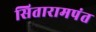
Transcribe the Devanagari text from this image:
सितारामपंत